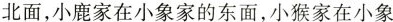
北面，小鹿家在小象家的东面，小猴家在小象